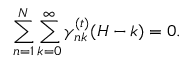
\sum _ { n = 1 } ^ { N } \sum _ { k = 0 } ^ { \infty } \gamma _ { n k } ^ { ( t ) } ( H - k ) = 0 .